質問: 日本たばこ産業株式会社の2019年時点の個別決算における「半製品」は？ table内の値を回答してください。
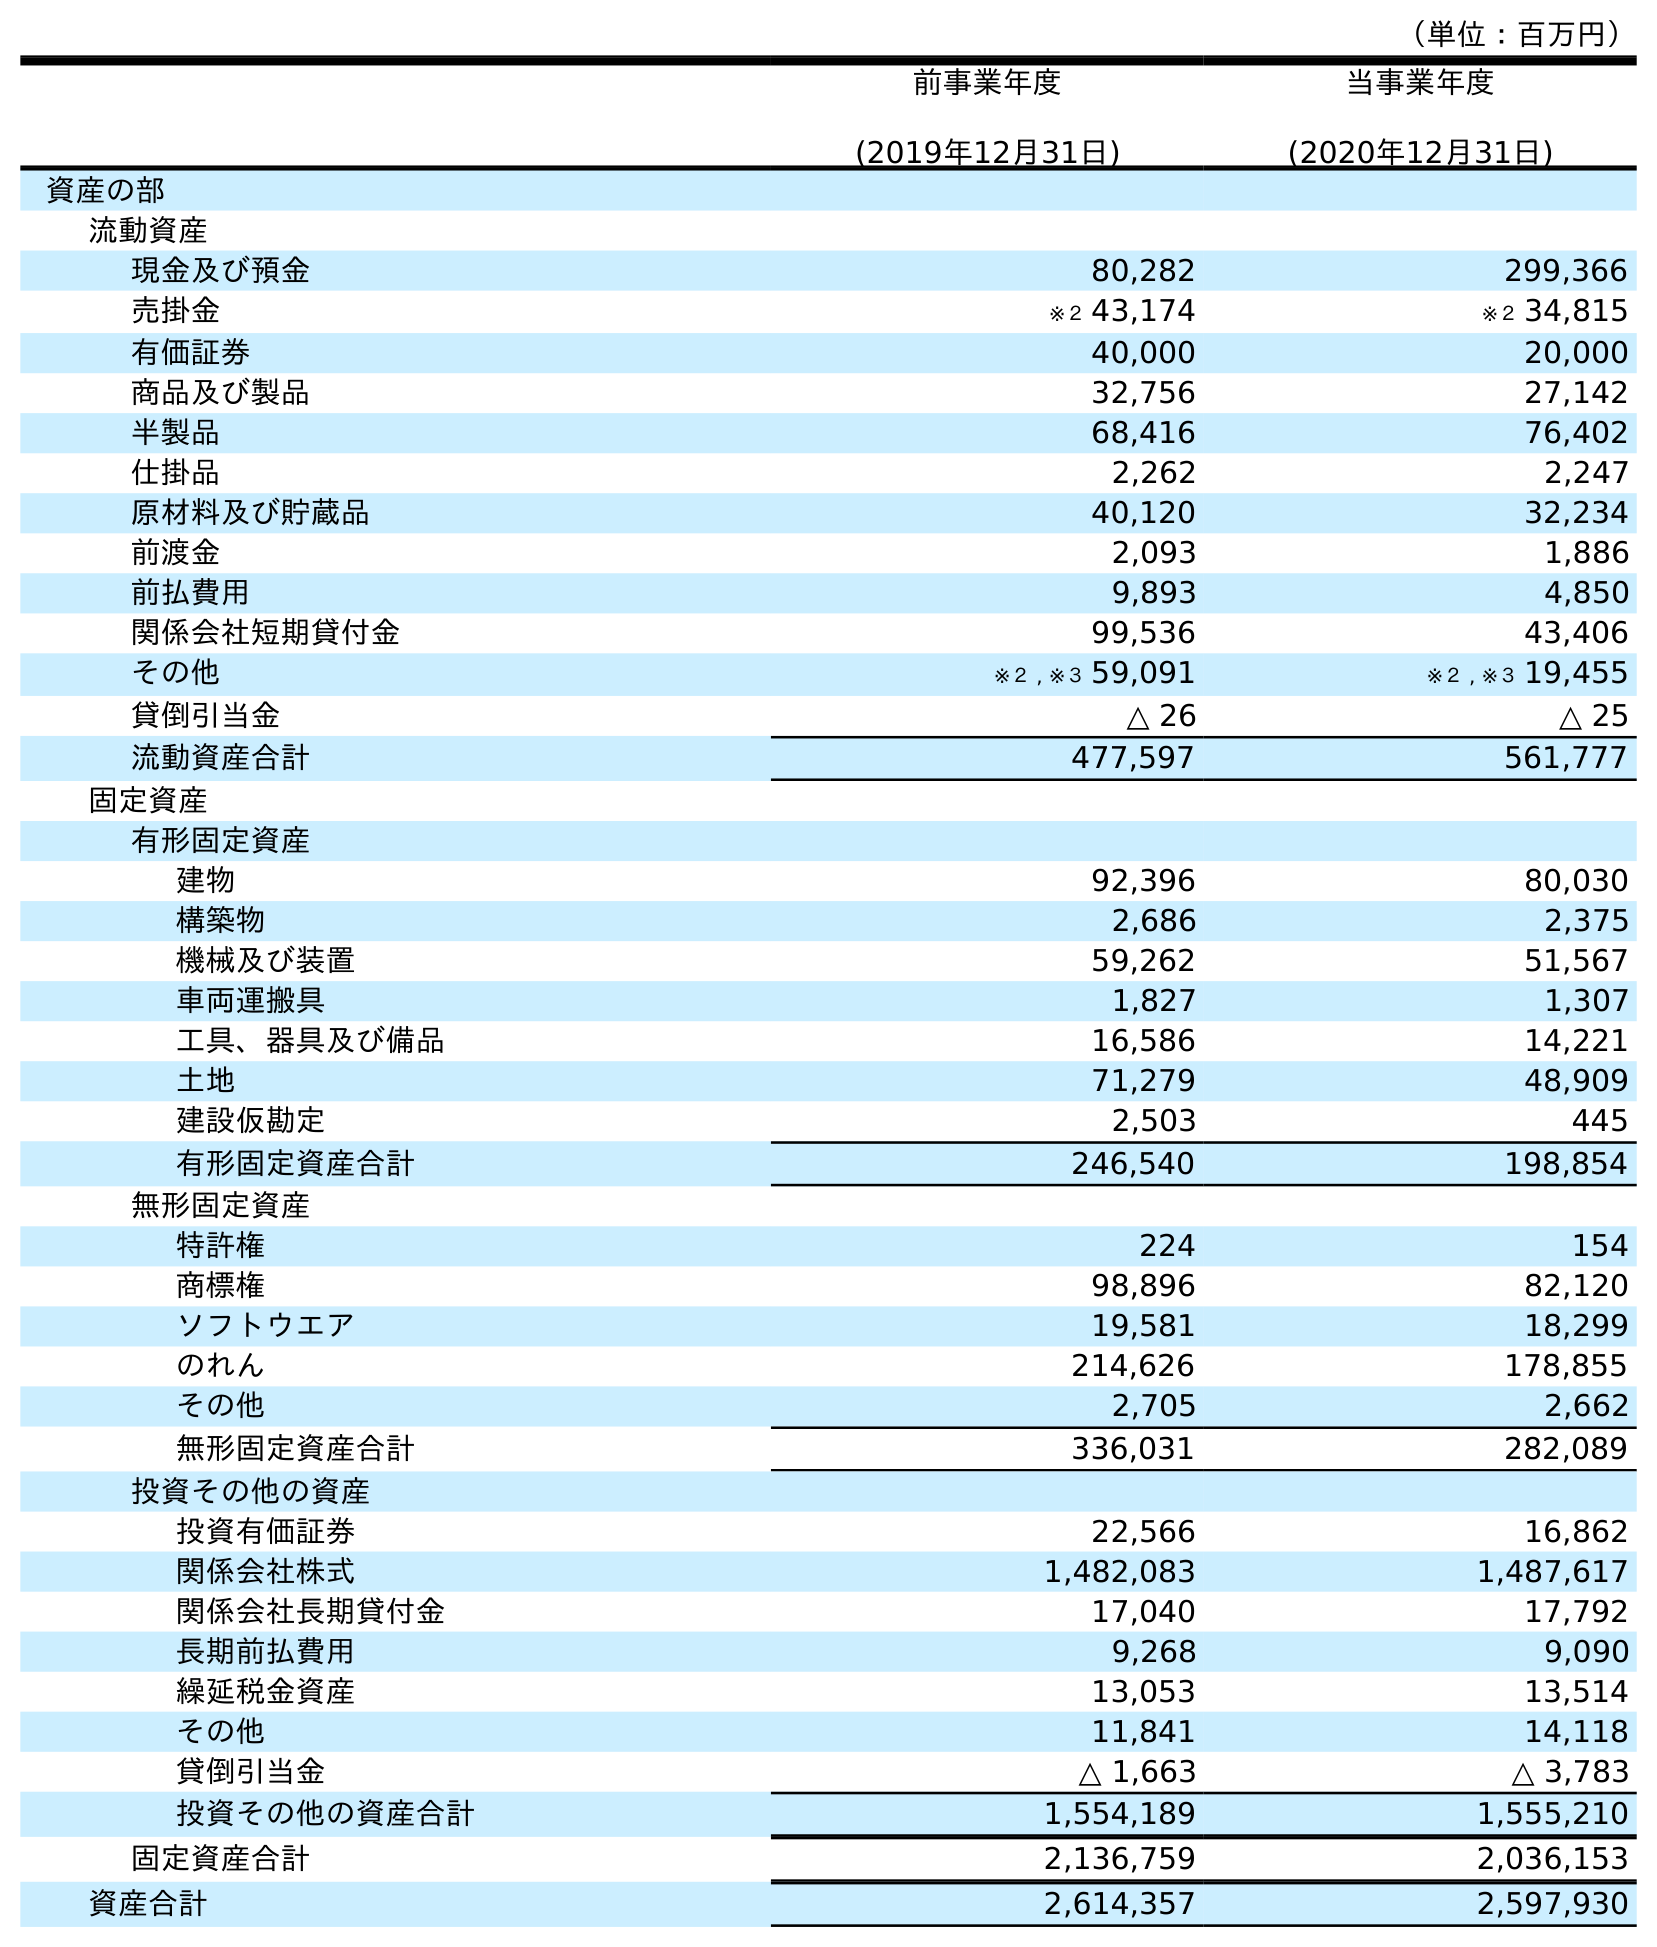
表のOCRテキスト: （単位：百万円） 前事業年度 (2019年12月31日) 当事業年度 (2020年12月31日) 資産の部 流動資産 現金及び預金 80,282 299,366 売掛金 ※２ 43,174 ※２ 34,815 有価証券 40,000 20,000 商品及び製品 32,756 27,142 半製品 68,416 76,402 仕掛品 2,262 2,247 原材料及び貯蔵品 40,120 32,234 前渡金 2,093 1,886 前払費用 9,893 4,850 関係会社短期貸付金 99,536 43,406 その他 ※２ , ※３ 59,091 ※２ , ※３ 19,455 貸倒引当金 △ 26 △ 25 流動資産合計 477,597 561,777 固定資産 有形固定資産 建物 92,396 80,030 構築物 2,686 2,375 機械及び装置 59,262 51,567 車両運搬具 1,827 1,307 工具、器具及び備品 16,586 14,221 土地 71,279 48,909 建設仮勘定 2,503 445 有形固定資産合計 246,540 198,854 無形固定資産 特許権 224 154 商標権 98,896 82,120 ソフトウエア 19,581 18,299 のれん 214,626 178,855 その他 2,705 2,662 無形固定資産合計 336,031 282,089 投資その他の資産 投資有価証券 22,566 16,862 関係会社株式 1,482,083 1,487,617 関係会社長期貸付金 17,040 17,792 長期前払費用 9,268 9,090 繰延税金資産 13,053 13,514 その他 11,841 14,118 貸倒引当金 △ 1,663 △ 3,783 投資その他の資産合計 1,554,189 1,555,210 固定資産合計 2,136,759 2,036,153 資産合計 2,614,357 2,597,930
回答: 68,416